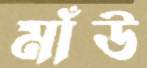
মাঁউ